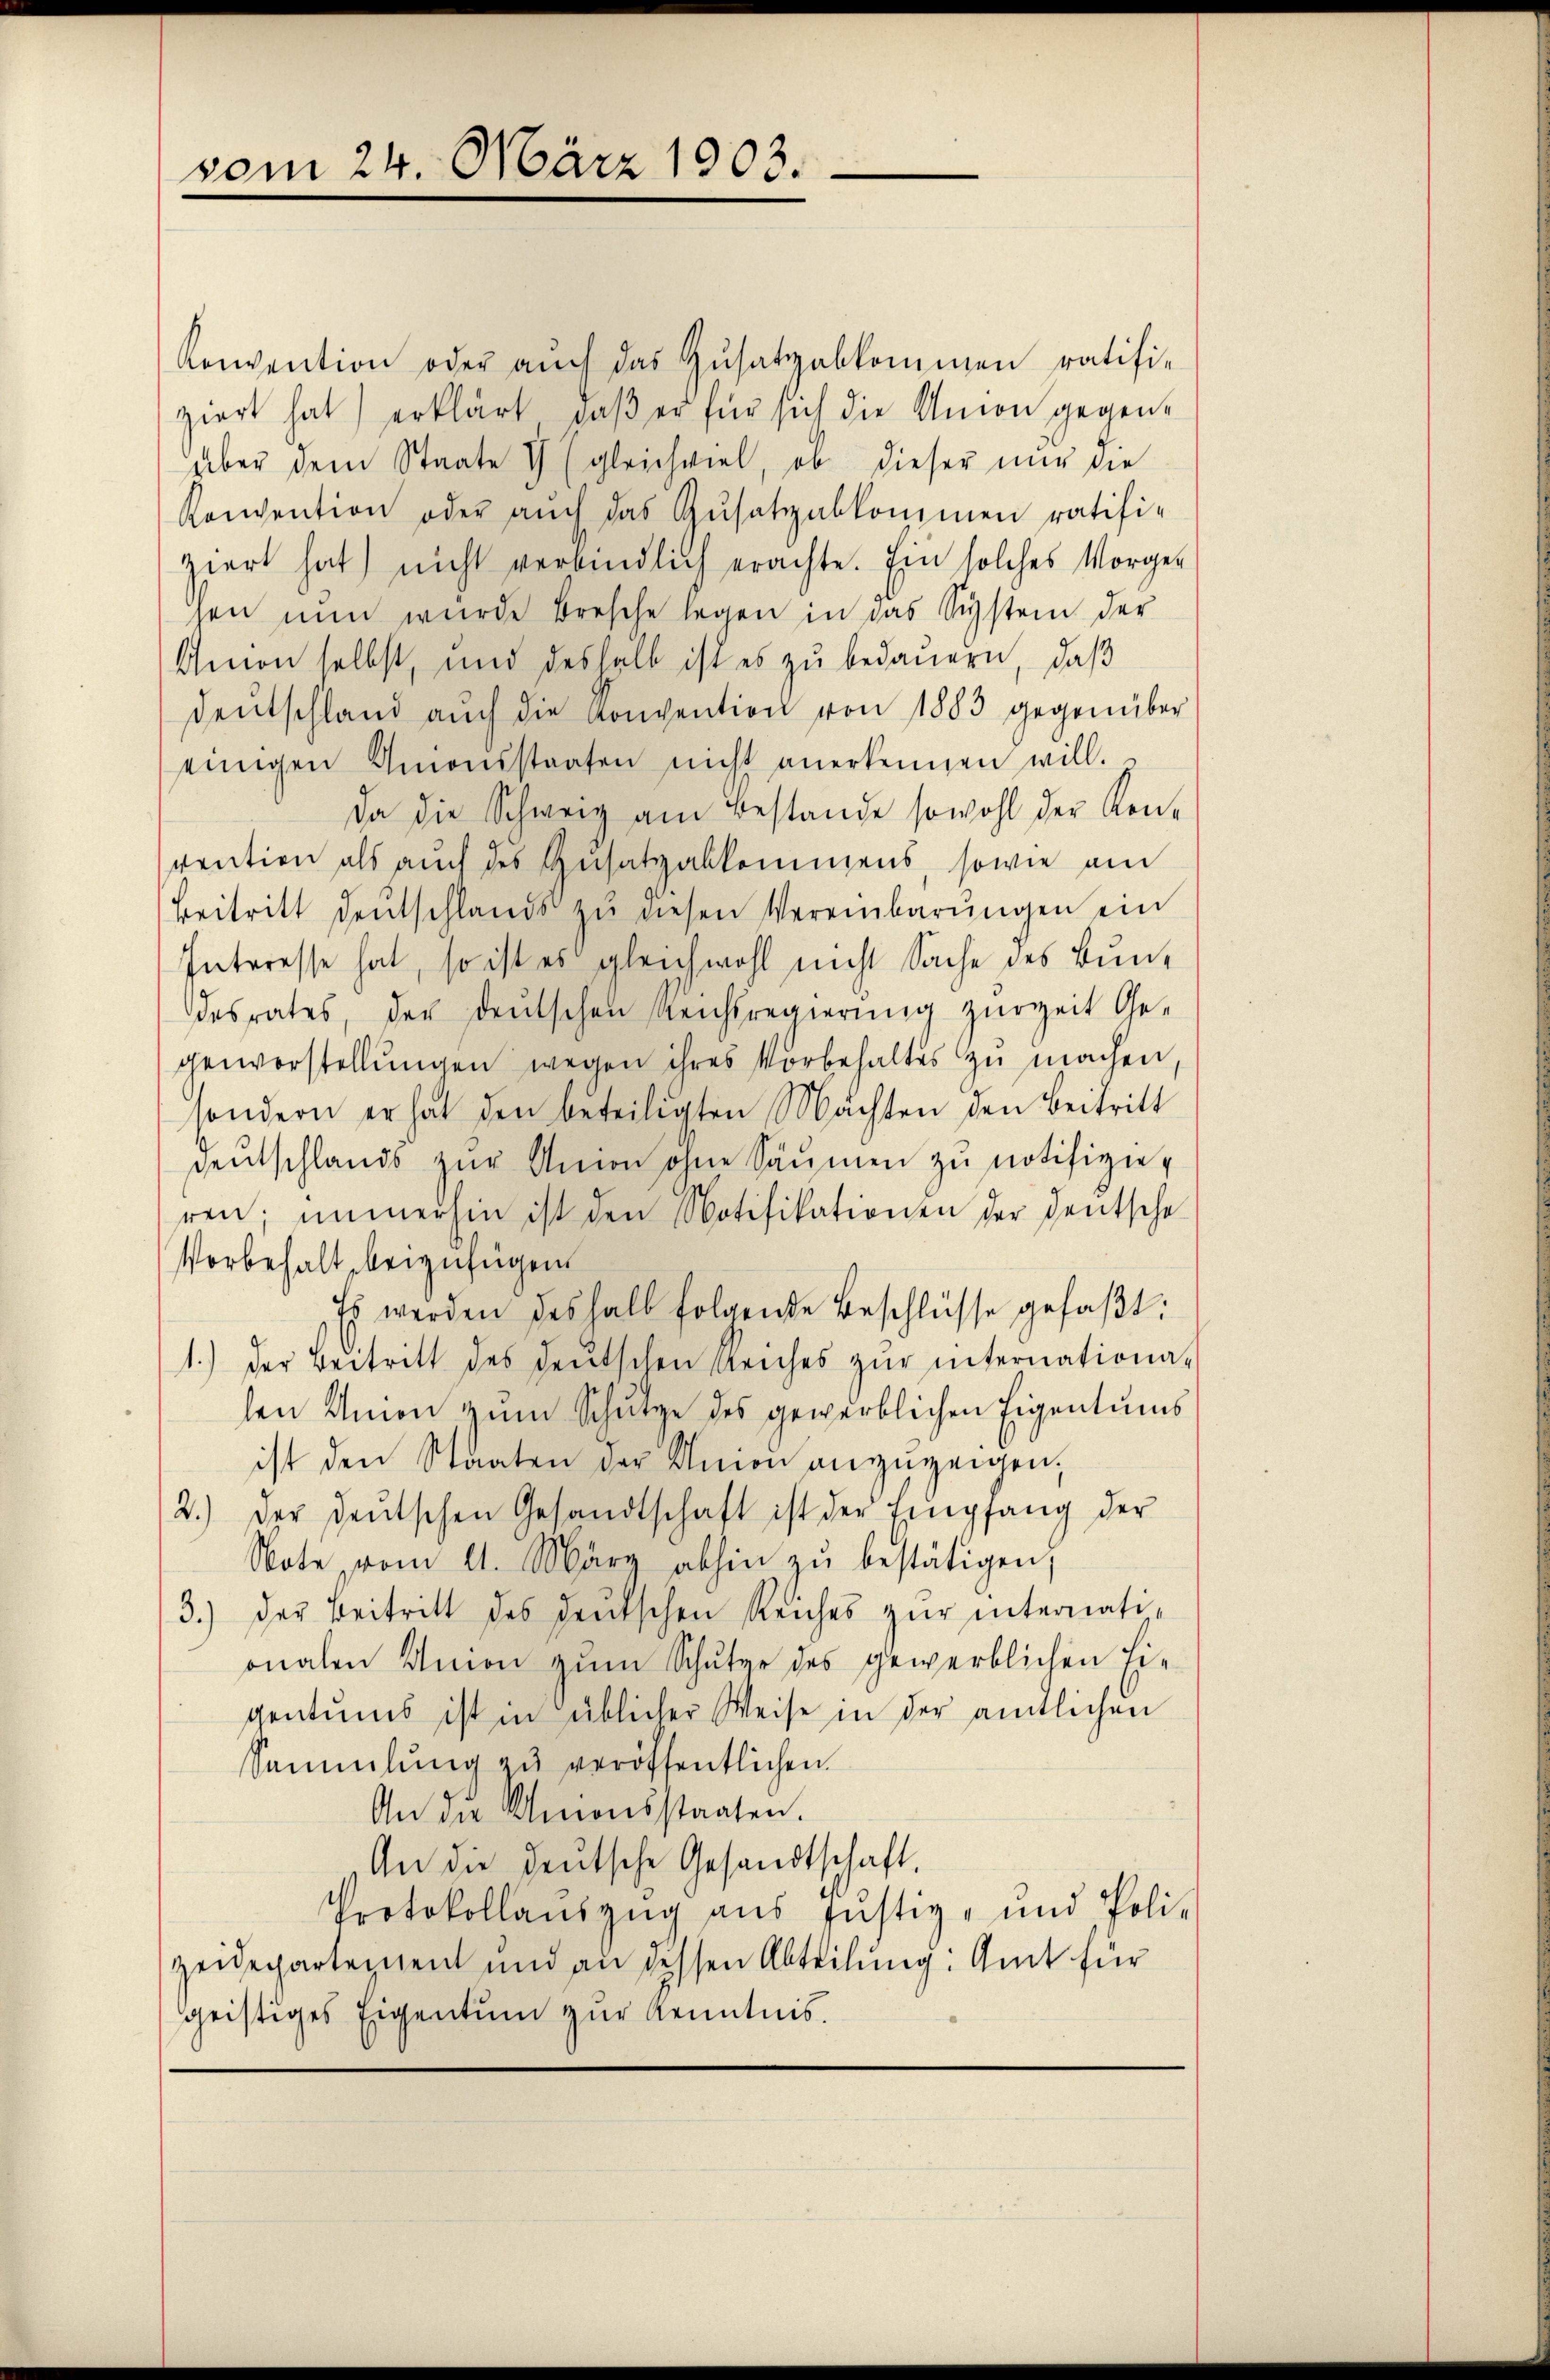
vom 24. März 1903.

Konvention oder auch das Zusatzabkommen ratifi-
ziert hat) erklärt, daß er für sich die Union gegenaber dem Staate & gleichviel, ob dieser nur die
Konvention oder auch das Zusatzabkommen ratifi-
ziert hat) nicht verbindlich erachte. Ein solches Vorgen
sen nun wurde besche legen in das Sigstem der
Amon selbst, und deshalb ist es zu bedauern, daβ
deŭtschland aŭch die Konvention von 1883 gegenüber
einigen Amonsstaaten nicht anerkennen will.
Da die Schweiz am Bestande sowohl der Kon-
vention als auch des Zusatzabkommens sowie am
Beitritt deŭtschlands zŭ diesen Vereinbarŭngen ein
Interesse hat, so ist es gleichwohl nicht Sache des Bundesrates, der deŭtschen Reichsregierŭng zŭrzeit Ge-
genvorstellungen wegen ihres Vorbehaltes zu machen
sondern er hat den beteiligten Mächten den Beitritt
deŭtschlands zŭr Union ohne Säumen zu notifizieren; immerhin ist den Notifikationen der Deutsche
Vorbehalt beizufügen.
Es werden deshalb folgende Beschlüsse gefaβt:
1.) Der Beitritt des deutschen Reiches zŭr internationa-
len Union zum Schutze des gewerblichen Eigentums
ist den Staaten der Amon anzuzeigen;
2.) Der deŭtschen Gesandtschaft ist der Empfang der
Note vom 11. März abhin zŭ bestätigen,
3.) Der Beitritt des deŭtschen Reiches zŭr internationalen Union zum Schutze des gewerblichen Eigentums ist in üblicher Weise in der amtlichen
Sammlung zŭ veröffentlichen
An die Unionsstaaten.
An die deutsche Gesandtschaft,
Protokollauszug aus Justiz- und Poli-
zeidepartemen und an dessen Abteilung: Amt für
geistiges Eigentum zur Kenntnis.